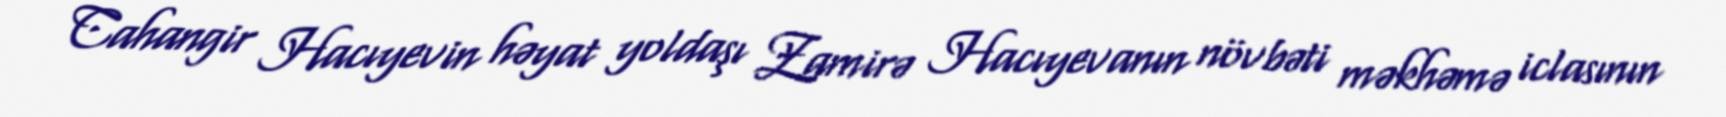
Cahangir Hacıyevin həyat yoldaşı Zamirə Hacıyevanın növbəti məkhəmə iclasının